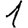
Digit: 1